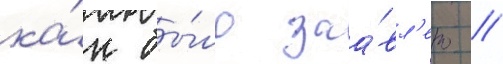
ка́к бы́ло заа́вл'ено /